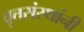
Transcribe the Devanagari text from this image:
वृत्तसंस्थांनी